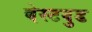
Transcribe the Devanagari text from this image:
बेस्टवुड